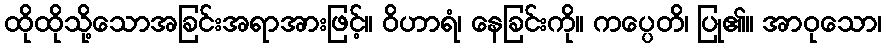
ထိုထိုသို့သောအခြင်းအရာအားဖြင့်။ ဝိဟာရံ၊ နေခြင်းကို။ ကပ္ပေတိ၊ ပြု၏။ အာဝုသော၊